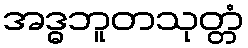
အဒ္ဓဘူတသုတ္တံ